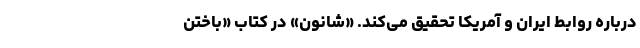
درباره روابط ایران و آمریکا تحقیق می‌کند. «شانون» در کتاب «باختن